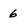
Character: 6